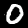
Label: 0